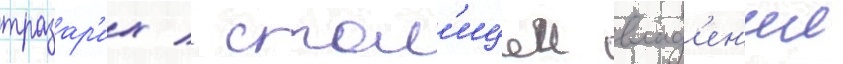
тразар'их / стол'ицеи влад'ен'ии